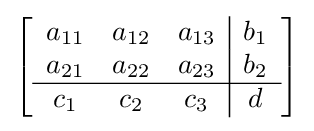
\left[{\begin{array}{ccc|c}a_{11}&a_{12}&a_{13}&b_{1}\\a_{21}&a_{22}&a_{23}&b_{2}\\\hline c_{1}&c_{2}&c_{3}&d\end{array}}\right]